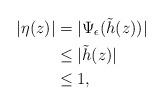
LaTeX: \begin{align*}|\eta(z)|& = |\Psi_{\epsilon}(\tilde{h}(z))|\\& \leq |\tilde{h}(z)|\\& \leq 1,\end{align*}